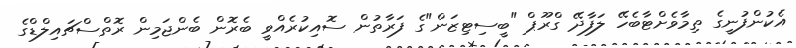
އެކުންފުނީގެ ތިމާވެށްޓާބެހޭ ލަފާދޭ ގްރޫޕް "ބީސިޓިޒަން"ގެ ފަރާތުން ސޮއިކުރެއްވީ ބެރޮން ބެންޖަމިން ރޮތްސްޗައިލްޑްގެ